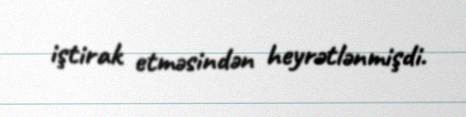
iştirak etməsindən heyrətlənmişdi.